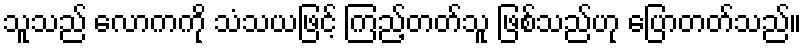
သူသည် လောကကို သံသယဖြင့် ကြည့်တတ်သူ ဖြစ်သည်ဟု ပြောတတ်သည်။